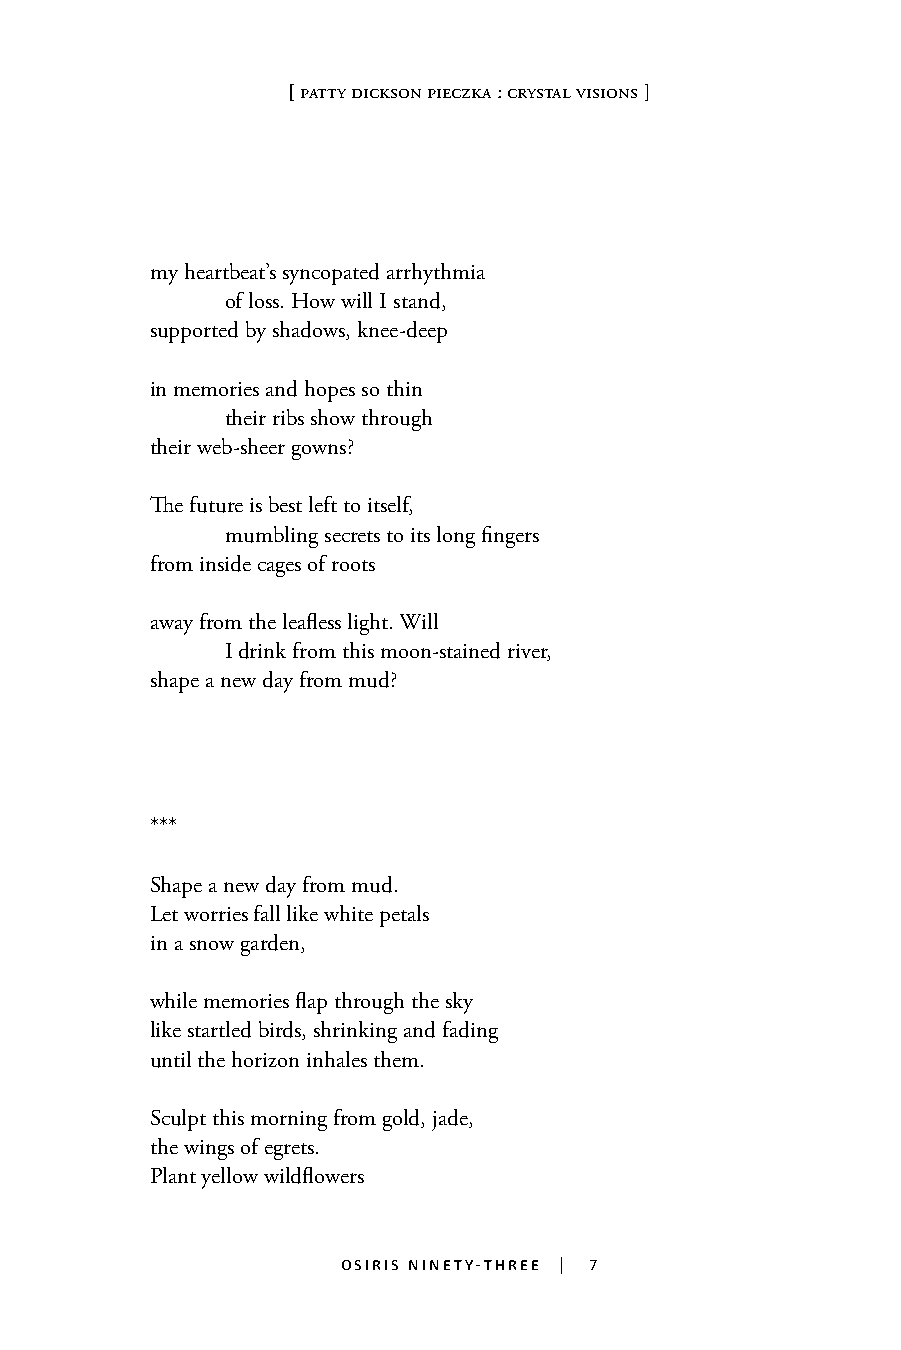
[ patty dickson pieczka : crystal visions ]
 my heartbeat’s syncopated arrhythmia
 of loss. How will I stand,
 supported by shadows, knee-deep
 in memories and hopes so thin
 their ribs show through
 their web-sheer gowns?
 The future is best left to itself,
 mumbling secrets to its long fingers
 from inside cages of roots
 7
 away from the leafless light. Will
 I drink from this moon-stained river,
 shape a new day from mud?
 ***
 Shape a new day from mud.
 Let worries fall like white petals
 in a snow garden,
 while memories flap through the sky
 like startled birds, shrinking and fading
 until the horizon inhales them.
 Sculpt this morning from gold, jade,
 the wings of egrets.
 Plant yellow wildflowers
 osiris ninety-three | 7